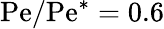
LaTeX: \mathrm{Pe}/\mathrm{Pe}^{*}=0.6